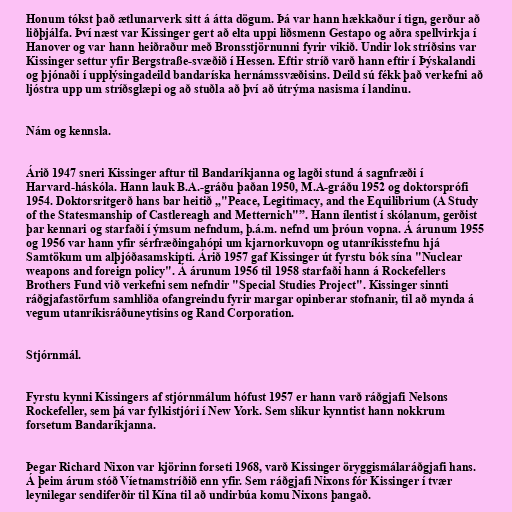
Honum tókst það ætlunarverk sitt á átta dögum. Þá var hann hækkaður í tign, gerður að
liðþjálfa. Því næst var Kissinger gert að elta uppi liðsmenn Gestapo og aðra spellvirkja í
Hanover og var hann heiðraður með Bronsstjörnunni fyrir vikið. Undir lok stríðsins var
Kissinger settur yfir Bergstraße-svæðið í Hessen. Eftir stríð varð hann eftir í Þýskalandi
og þjónaði í upplýsingadeild bandaríska hernámssvæðisins. Deild sú fékk það verkefni að
ljóstra upp um stríðsglæpi og að stuðla að því að útrýma nasisma í landinu.

Nám og kennsla.

Árið 1947 sneri Kissinger aftur til Bandaríkjanna og lagði stund á sagnfræði í
Harvard-háskóla. Hann lauk B.A.-gráðu þaðan 1950, M.A-gráðu 1952 og doktorsprófi
1954. Doktorsritgerð hans bar heitið „"Peace, Legitimacy, and the Equilibrium (A Study
of the Statesmanship of Castlereagh and Metternich"”. Hann ílentist í skólanum, gerðist
þar kennari og starfaði í ýmsum nefndum, þ.á.m. nefnd um þróun vopna. Á árunum 1955
og 1956 var hann yfir sérfræðingahópi um kjarnorkuvopn og utanríkisstefnu hjá
Samtökum um alþjóðasamskipti. Árið 1957 gaf Kissinger út fyrstu bók sína "Nuclear
weapons and foreign policy". Á árunum 1956 til 1958 starfaði hann á Rockefellers
Brothers Fund við verkefni sem nefndir "Special Studies Project". Kissinger sinnti
ráðgjafastörfum samhliða ofangreindu fyrir margar opinberar stofnanir, til að mynda á
vegum utanríkisráðuneytisins og Rand Corporation.

Stjórnmál.

Fyrstu kynni Kissingers af stjórnmálum hófust 1957 er hann varð ráðgjafi Nelsons
Rockefeller, sem þá var fylkistjóri í New York. Sem slíkur kynntist hann nokkrum
forsetum Bandaríkjanna.

Þegar Richard Nixon var kjörinn forseti 1968, varð Kissinger öryggismálaráðgjafi hans.
Á þeim árum stóð Víetnamstríðið enn yfir. Sem ráðgjafi Nixons fór Kissinger í tvær
leynilegar sendiferðir til Kína til að undirbúa komu Nixons þangað.